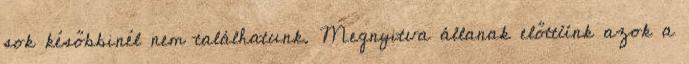
sok későbbinél nem találhatunk. Megnyitva állanak előttünk azok a